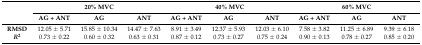
<table><thead><tr><td rowspan="2">[EMPTY_CELL]</td><td colspan="3"><b>20% MVC</b></td><td colspan="3"><b>40% MVC</b></td><td colspan="3"><b>60% MVC</b></td></tr><tr><td><b>AG + ANT</b></td><td><b>AG</b></td><td><b>ANT</b></td><td><b>AG + ANT</b></td><td><b>AG</b></td><td><b>ANT</b></td><td><b>AG + ANT</b></td><td><b>AG</b></td><td><b>ANT</b></td></tr></thead><tbody><tr><td><b>RMSD</b></td><td>12.05 ± 5.71</td><td>15.85 ± 10.34</td><td>14.47 ± 7.63</td><td>8.91 ± 3.49</td><td>12.37 ± 5.93</td><td>12.03 ± 6.10</td><td>7.58 ± 3.82</td><td>11.25 ± 6.89</td><td>9.39 ± 6.18</td></tr><tr><td><b>R<sup>2</sup></b></td><td>0.73 ± 0.22</td><td>0.60 ± 0.32</td><td>0.63 ± 0.31</td><td>0.87 ± 0.12</td><td>0.73 ± 0.27</td><td>0.75 ± 0.24</td><td>0.90 ± 0.13</td><td>0.78 ± 0.27</td><td>0.85 ± 0.20</td></tr></tbody></table>